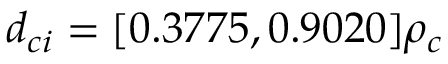
d _ { c i } = [ 0 . 3 7 7 5 , 0 . 9 0 2 0 ] \rho _ { c }